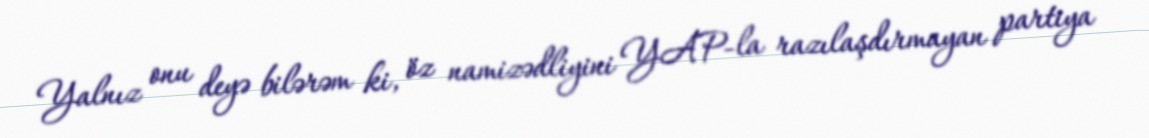
Yalnız onu deyə bilərəm ki, öz namizədliyini YAP-la razılaşdırmayan partiya